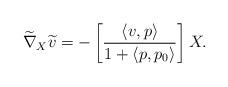
LaTeX: \begin{align*}\widetilde{\nabla}_X \widetilde{v} &= - \left[ \frac{\langle v, p \rangle}{1 + \langle p, p_0 \rangle} \right] X.\end{align*}